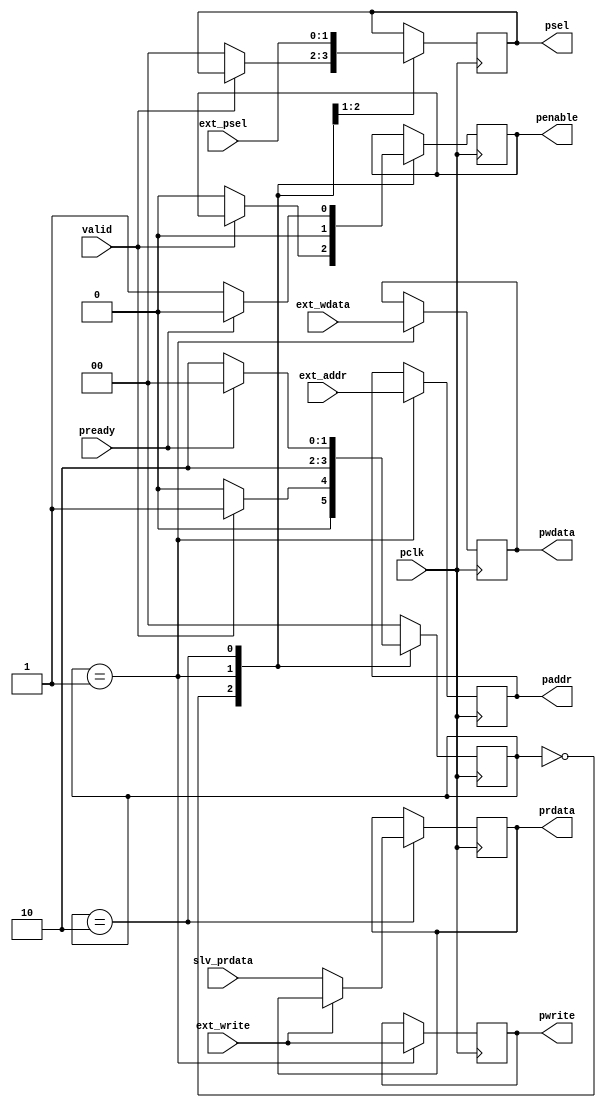
`timescale 1ns / 1ps
//////////////////////////////////////////////////////////////////////////////////
// Design Name: Master Controller
// Module Name: master_controller
// Project Name: 
// Description: This is the master design, the psel, pwrite, paddr and pwdata
//              sent by the master controller goes to the ext_psel, ext_write,
//              ext_addr, ext_wdata. Master sends these signals to the slave and
//              in turn get a ready as a response from the slave whenever the
//              slave is ready. This works only for the write transfer.   
// 
//////////////////////////////////////////////////////////////////////////////////


module apb_master_write_transfer(
  input              pclk,
  input              valid,      //valid is asserted to confirm that the master has got a valid request             
  input [1:0]        ext_psel,   //Triggering the master with the external pin for selecting slave
  input              ext_write,  //Triggering the master with the external pin to indicate read/write
  input [31:0]       ext_addr,   /*Triggering the master with the external pin to specify address from where the read 
                                   should happen*/  
  input [31:0]       ext_wdata,
  output [1:0]       psel,       
  output             penable,  
  output             pwrite,
  input              pready,     //Ready. The slave uses this signal to extend an APB transfer.
  input [31:0]       slv_prdata, //The read data from the slave 
  output [31:0]      prdata,     //Not in protocol //Master is giving out the read data received from the slave
  output [31:0]      pwdata,
  output [31:0]      paddr
);
  
  reg                r_penable=0;
  reg [31:0]         r_prdata=0;
  reg [1:0]          r_ext_psel = 0;
  reg [31:0]         r_ext_addr= 32'd0;
  reg                r_ext_write = 0;
  reg [31:0]         r_ext_wdata = 0;      
  reg [1:0]          p_state=2'd0;
  parameter          IDLE = 2'd0;
  parameter          SETUP = 2'd1;
  parameter          ACCESS = 2'd2;
  
always @(posedge pclk) begin
    case (p_state)
      IDLE : begin              //Idle state where Penable = 0 and Psel = 0
        if(!valid) begin
          r_penable <= 0;
          r_ext_psel <= 3'd0;
          p_state <= IDLE;
        end else begin
          p_state <= SETUP;
        end
      end
      
      SETUP : begin            //Setup state where penable is still 0 and Psel is selected  
        r_penable <= 0;
        r_ext_psel <= ext_psel;
        r_ext_addr <= ext_addr;
        r_ext_wdata <= ext_wdata;
        p_state <= ACCESS;
        r_ext_write <= ext_write; 
      end
      
      
      ACCESS : begin          //Access state where the transfer is enabled
        r_penable <= 1'b1;
        if (ext_write == 0) begin
          r_prdata <= slv_prdata;
        end 
        if (pready == 0) begin          
          p_state <= ACCESS;
//        end else if (valid && pready) begin
//          p_state <= SETUP;
//        end else if (!valid && pready) begin
        end else begin
          p_state <= IDLE;
          r_penable <= 0;
        end
      end
      default: p_state <= IDLE; 
    endcase
  end
        

 
 assign penable = r_penable;
 assign psel = r_ext_psel;
 assign pwrite = r_ext_write;
 assign paddr = r_ext_addr;
 assign pwdata = r_ext_wdata;
 assign prdata = r_prdata;
endmodule